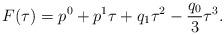
LaTeX: \begin{align*}F(\tau)=p^0+p^1\tau +q_1\tau^2-\frac{q_0}{3}\tau^3.\end{align*}